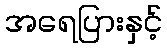
အရေပြားနှင့်